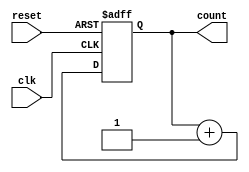
module binary_up_counter #(parameter n = 4) (
    input wire clk,          // Clock signal
    input wire reset,        // Asynchronous reset signal
    output reg [n-1:0] count // n-bit output count
);

// Asynchronous reset and counting operation
always @(posedge clk or posedge reset) begin
    if (reset) begin
        count <= 0; // Reset the count to 0
    end else begin
        count <= count + 1; // Increment the count
    end
end

endmodule